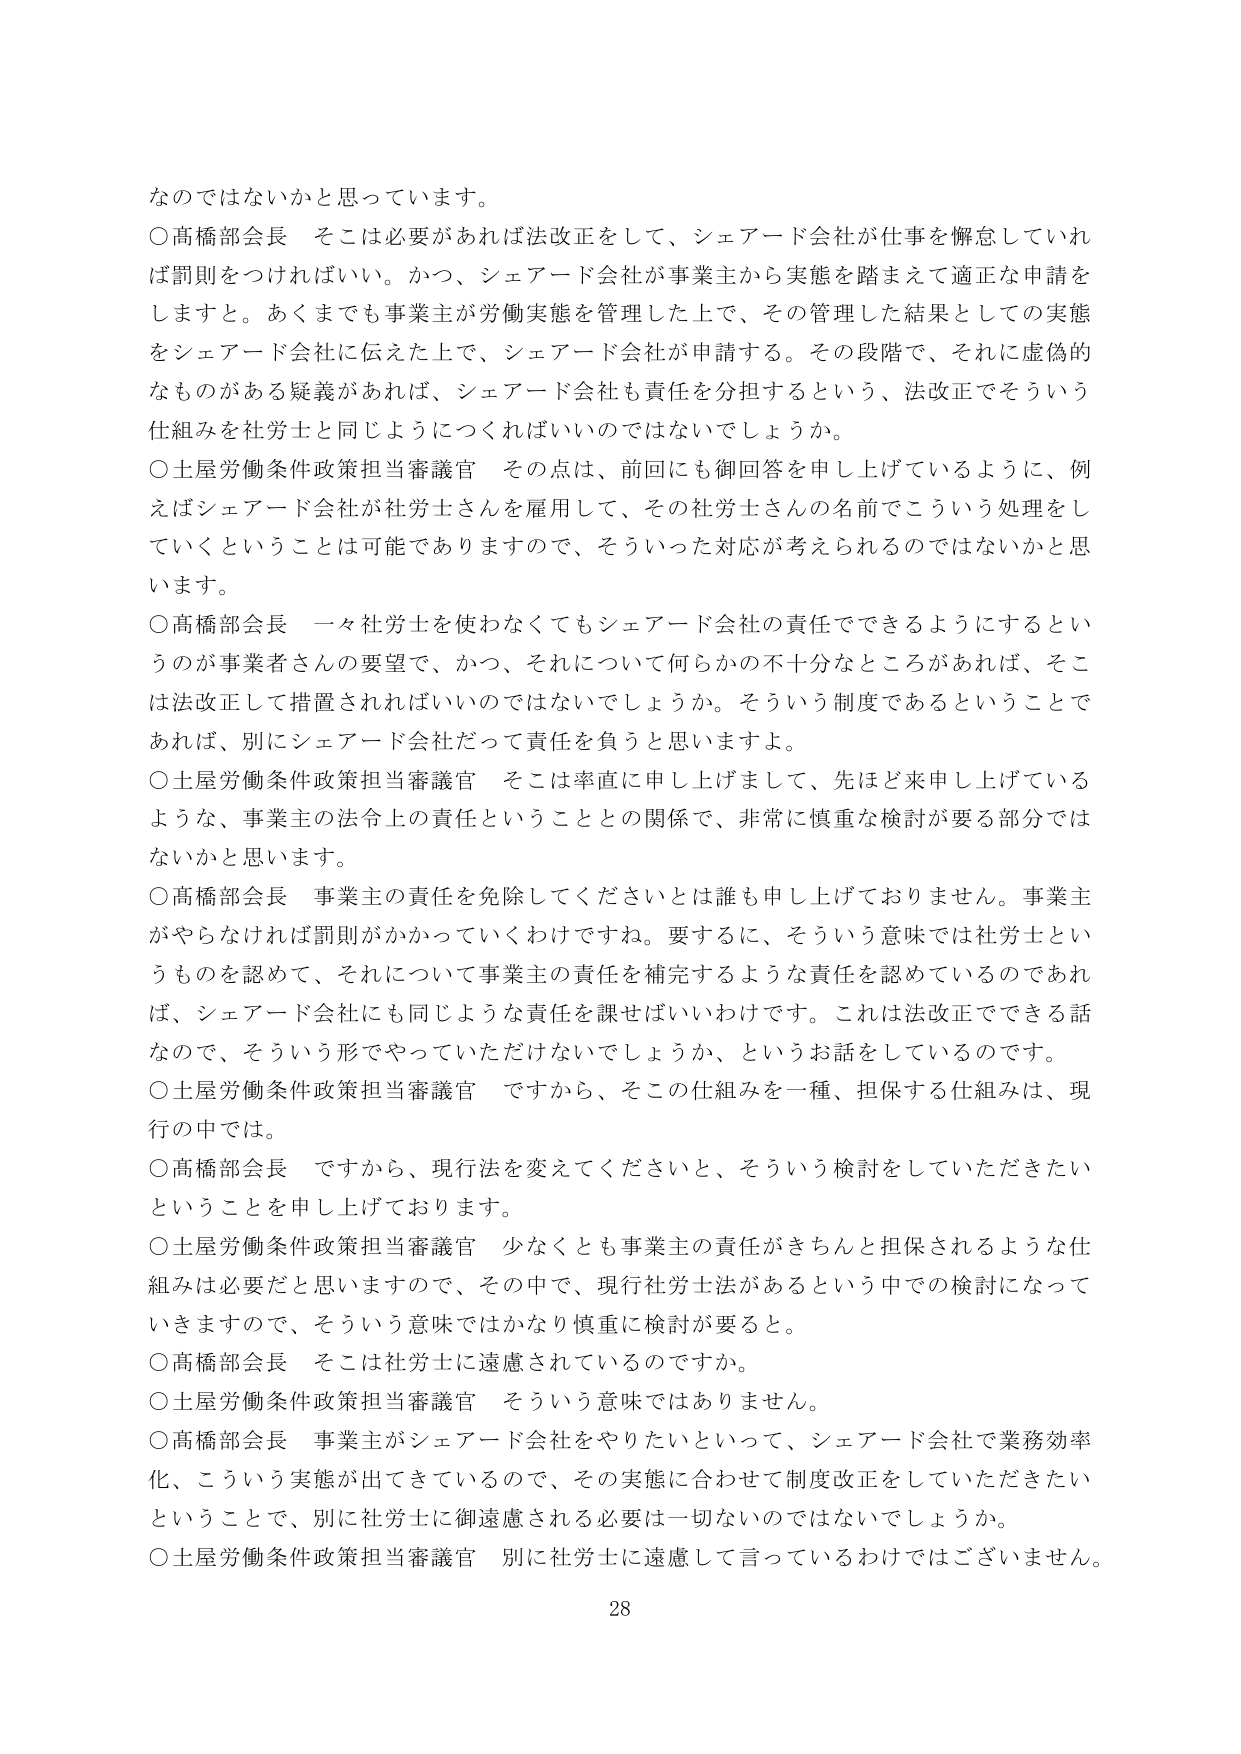
なのではないかと思っています。

○高橋部会長　そこは必要があれば法改正をして、シェアード会社が仕事を懈怠していれば罰則をつければいい。かつ、シェアード会社が事業主から実態を踏まえて適正な申請をしますと。あくまでも事業主が労働実態を管理した上で、その管理した結果としての実態をシェアード会社に伝えた上で、シェアード会社が申請する。その段階で、それに虚偽的なものがある疑義があれば、シェアード会社も責任を分担するという、法改正でそういう仕組みを社労士と同じようにつくればいいのではないでしょうか。

○土屋労働条件政策担当審議官　その点は、前回にも御回答を申し上げているように、例えばシェアード会社が社労士さんを雇用して、その社労士さんの名前でこういう処理をしていくということは可能でありますので、そういった対応が考えられるのではないかと思います。

○高橋部会長　一々社労士を使わなくてもシェアード会社の責任でできるようにするというのが事業者さんの要望で、かつ、それについて何らかの不十分なところがあれば、そこは法改正して措置されればいいのではないでしょうか。そういう制度であるということでなければ、別にシェアード会社だって責任を負うと思います。

○土屋労働条件政策担当審議官　そこは率直に申し上げまして、先ほど来申し上げているような、事業主の法令上の責任ということとの関係で、非常に慎重な検討が要る部分ではないかと思います。

○高橋部会長　事業主の責任を免除してくださいとは誰も申し上げておりません。事業主がやらなければ罰則がかかっていくわけですね。要するに、そういう意味では社労士というものを認めて、それについて事業主の責任を補完するような責任を認めているのであれば、シェアード会社にも同じような責任を課せばいいわけです。これは法改正でできる話なので、そういう形でやっていただけないでしょうか、というお話をしているのです。

○土屋労働条件政策担当審議官　ですから、そこの仕組みを一種、担保する仕組みは、現行の中では。

○高橋部会長　ですから、現行法を変えてくださいと、そういう検討をしていただきたいということを申し上げております。

○土屋労働条件政策担当審議官　少なくとも事業主の責任がきちんと担保されるような仕組みは必要だと思いますので、その中で、現行社労士法があるという中での検討になっていきますので、そういう意味ではかなり慎重に検討が要ると。

○高橋部会長　そこは社労士に遠慮されているのですか。

○土屋労働条件政策担当審議官　そういう意味ではありません。

○高橋部会長　事業主がシェアード会社をやりたいといって、シェアード会社で業務効率化、こういう実態が出てきているので、その実態に合わせて制度改正をしていただきたいということで、別に社労士に御遠慮される必要は一切ないのではないでしょうか。

○土屋労働条件政策担当審議官　別に社労士に遠慮して言っているわけではございません。

28